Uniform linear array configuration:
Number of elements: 64
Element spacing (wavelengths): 0.75
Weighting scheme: binomial
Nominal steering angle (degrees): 0
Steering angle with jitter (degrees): -0.09339
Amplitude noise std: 0.05
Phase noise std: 0.05

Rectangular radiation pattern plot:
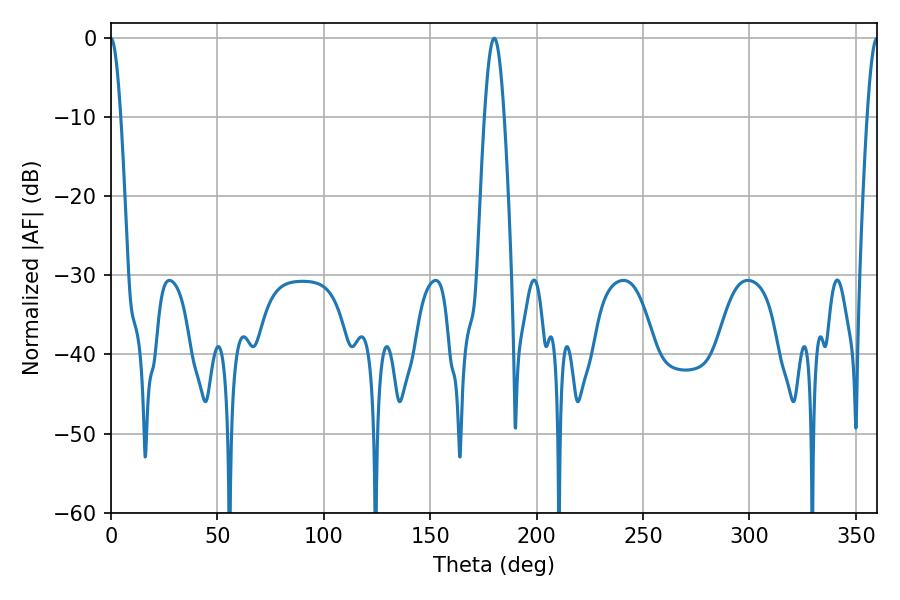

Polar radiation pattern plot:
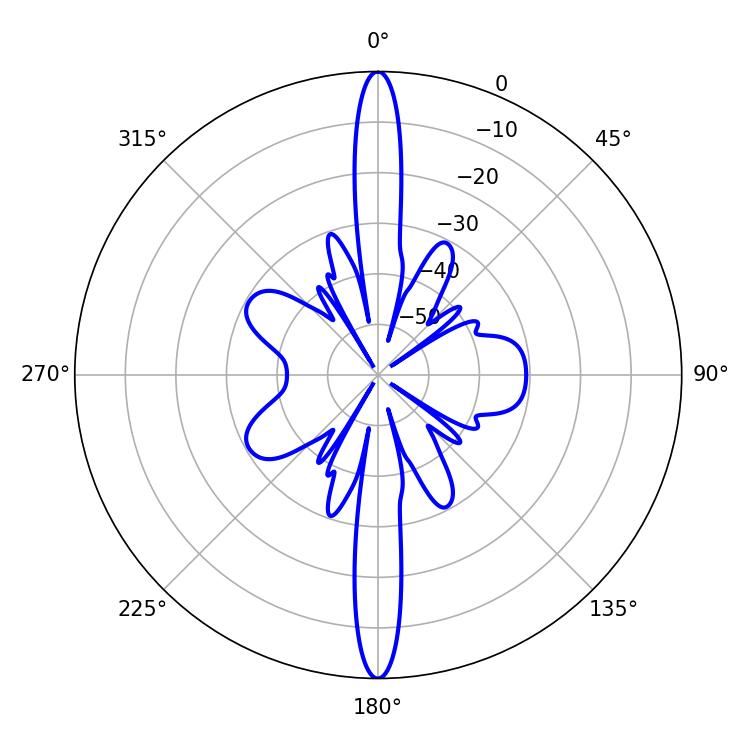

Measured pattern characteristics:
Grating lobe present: TRUE
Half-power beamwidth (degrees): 2.52
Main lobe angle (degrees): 360